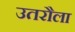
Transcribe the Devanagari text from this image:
उतरौला